Eesti_Rahvusfond, lk 21
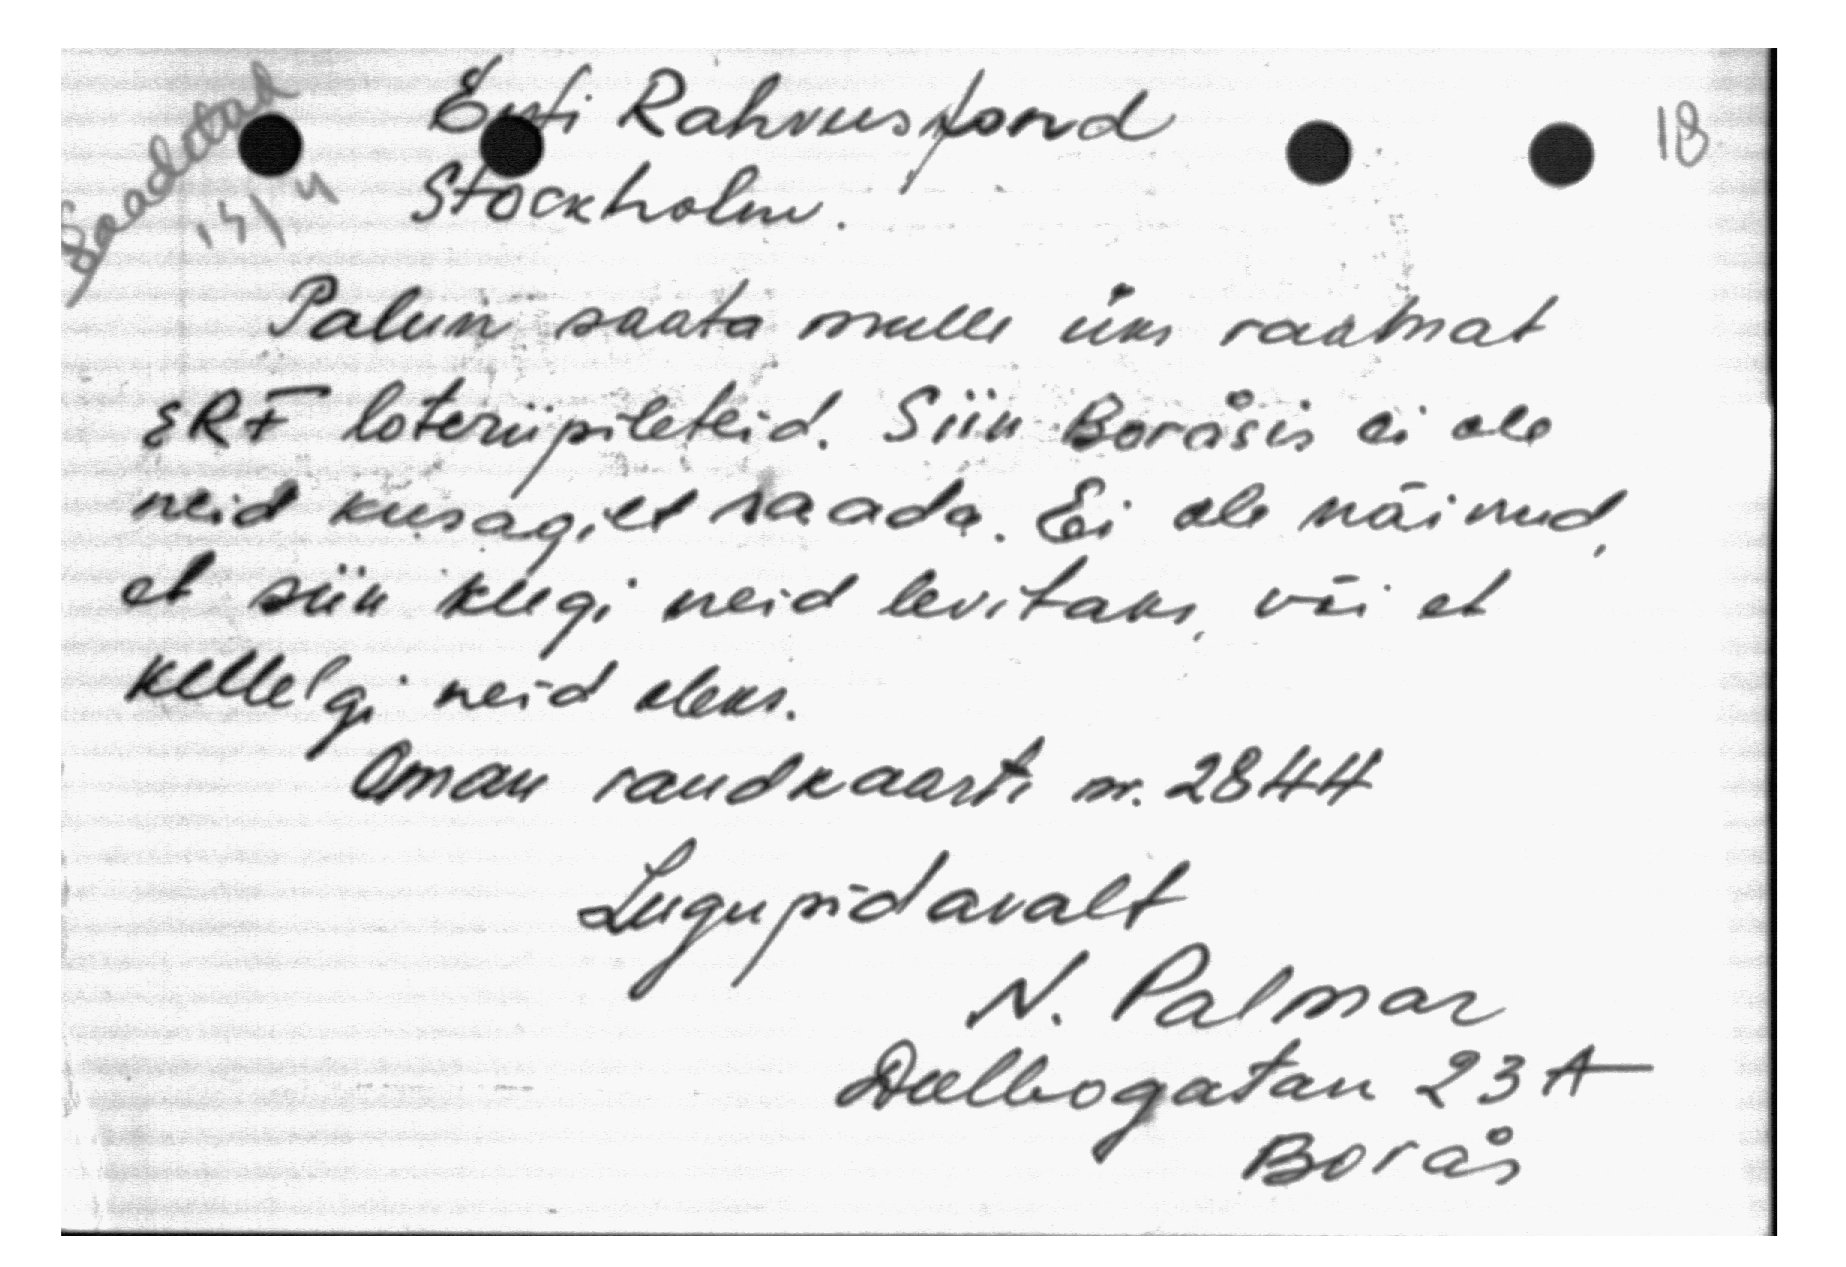
Eesti Rahvusfond
saadetud
Stockholm
Palun saata mulle üks raamat
ERF loteriipileteid. Siin Borasis ei ole
neid kusagilt saada. Ei ole näinud
et siin keegi neid levitaks või et
kellelgi neid oleks.
Oman raudkaarti nr. 2844
Lugupidavalt
N. Palmar
Deelbogatan 23 A
Boras